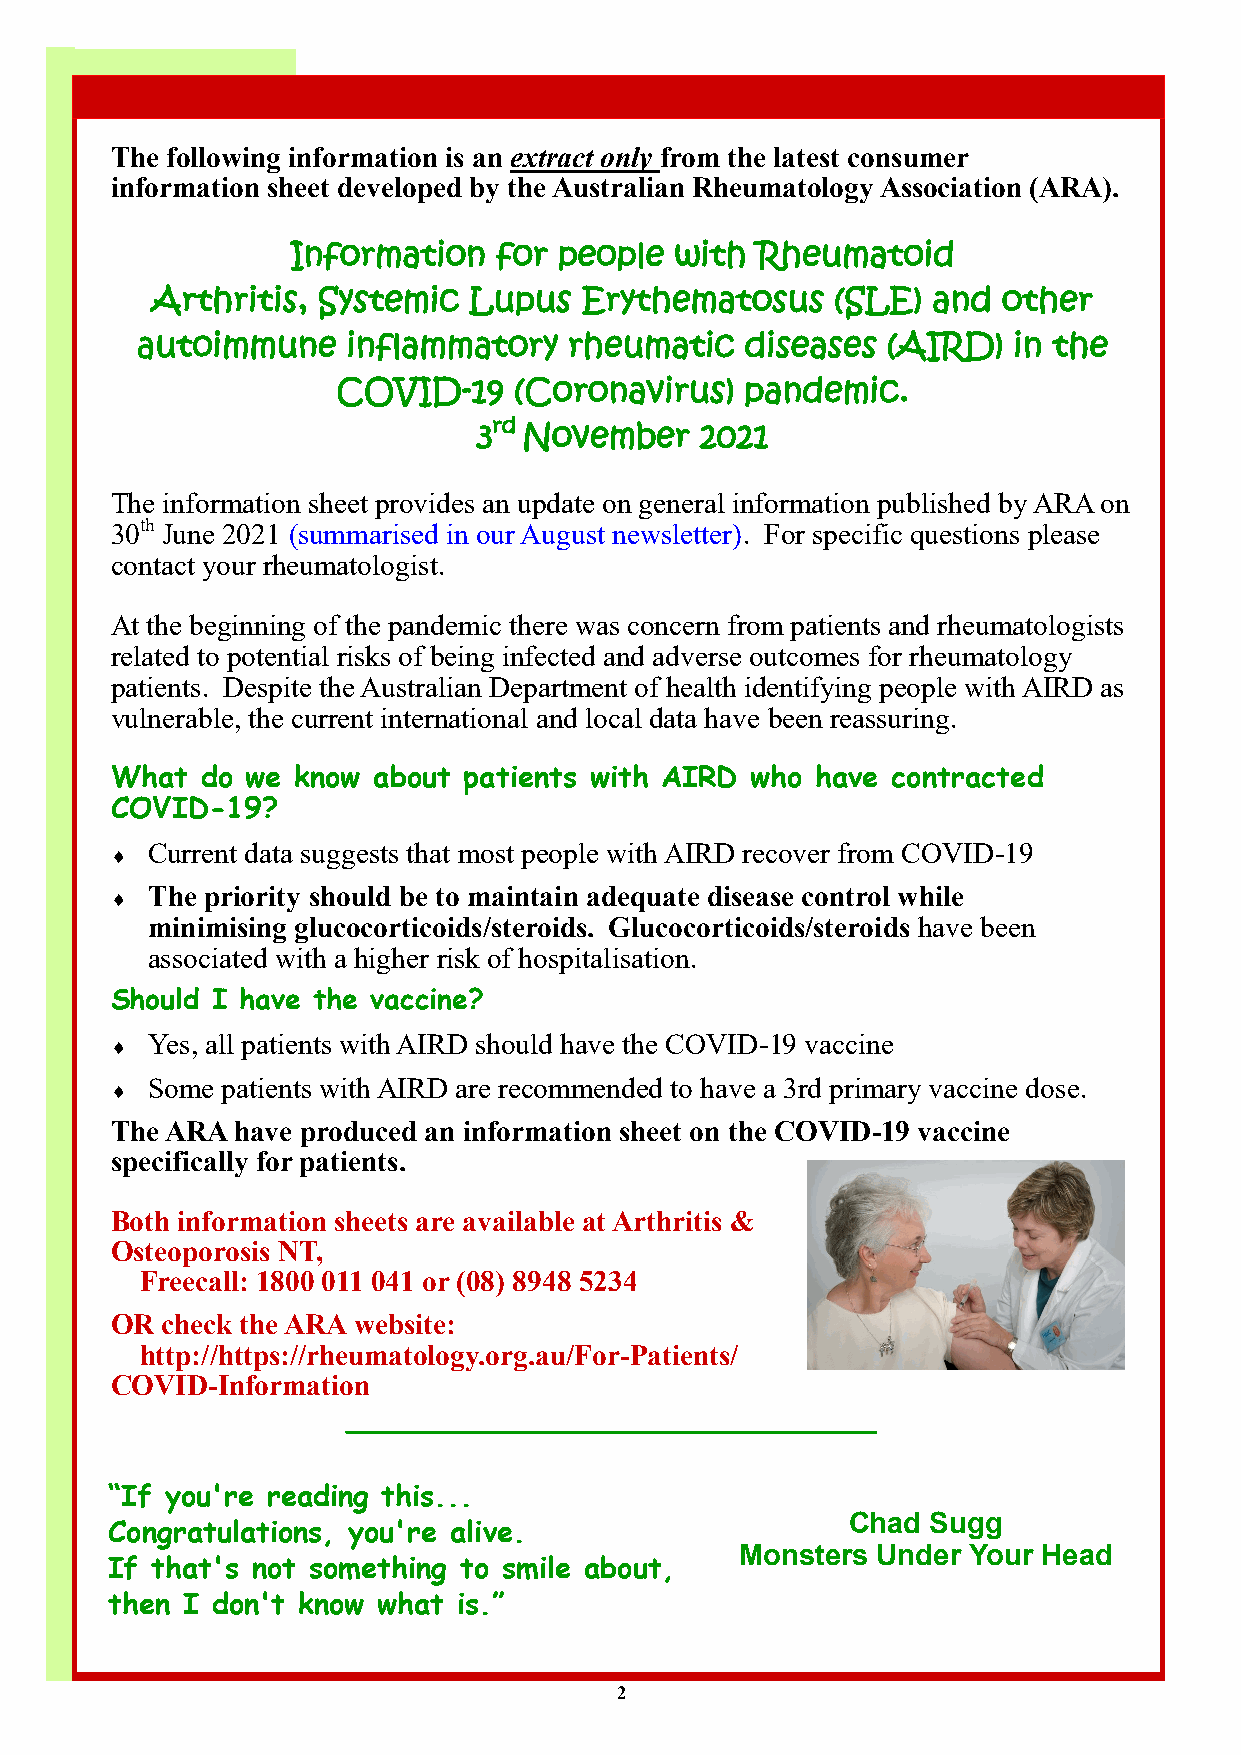
The following information is an extract only from the latest consumer
 information sheet developed by the Australian Rheumatology Association (ARA).
 Information   for people  with Rheumatoid
 Arthritis, Systemic  Lupus  Erythematosus    (SLE)  and other
 autoimmune    inflammatory   rheumatic  diseases  (AIRD)  in the
 COVID-19    (Coronavirus)  pandemic.
 rd
 3  November   2021
 The information sheet provides an update on general information published by ARA on
 30th June 2021 (summarised in our August newsletter). For specific questions please
 contact your rheumatologist.
 At the beginning of the pandemic there was concern from patients and rheumatologists
 related to potential risks of being infected and adverse outcomes for rheumatology
 patients. Despite the Australian Department of health identifying people with AIRD as
 vulnerable, the current international and local data have been reassuring.
 What  do we know  about patients with AIRD who have contracted
 COVID-19?
 Current data suggests that most people with AIRD recover from COVID-19
 
 The priority should be to maintain adequate disease control while
 
 minimising glucocorticoids/steroids. Glucocorticoids/steroids have been
 associated with a higher risk of hospitalisation.
 Should I have the vaccine?
 Yes, all patients with AIRD should have the COVID-19 vaccine
 
 
 Some patients with AIRD are recommended to have a 3rd primary vaccine dose.
 The ARA have produced an information sheet on the COVID-19 vaccine
 specifically for patients.
 Both information sheets are available at Arthritis &
 Osteoporosis NT,
 Freecall: 1800 011 041 or (08) 8948 5234
 OR  check the ARA website:
 http://https://rheumatology.org.au/For-Patients/
 COVID-Information
 “If you're reading this...
 Chad  Sugg
 Congratulations, you're alive.
 Monsters Under Your Head
 If that's not something to smile about,
 then I don't know what is.”
 2